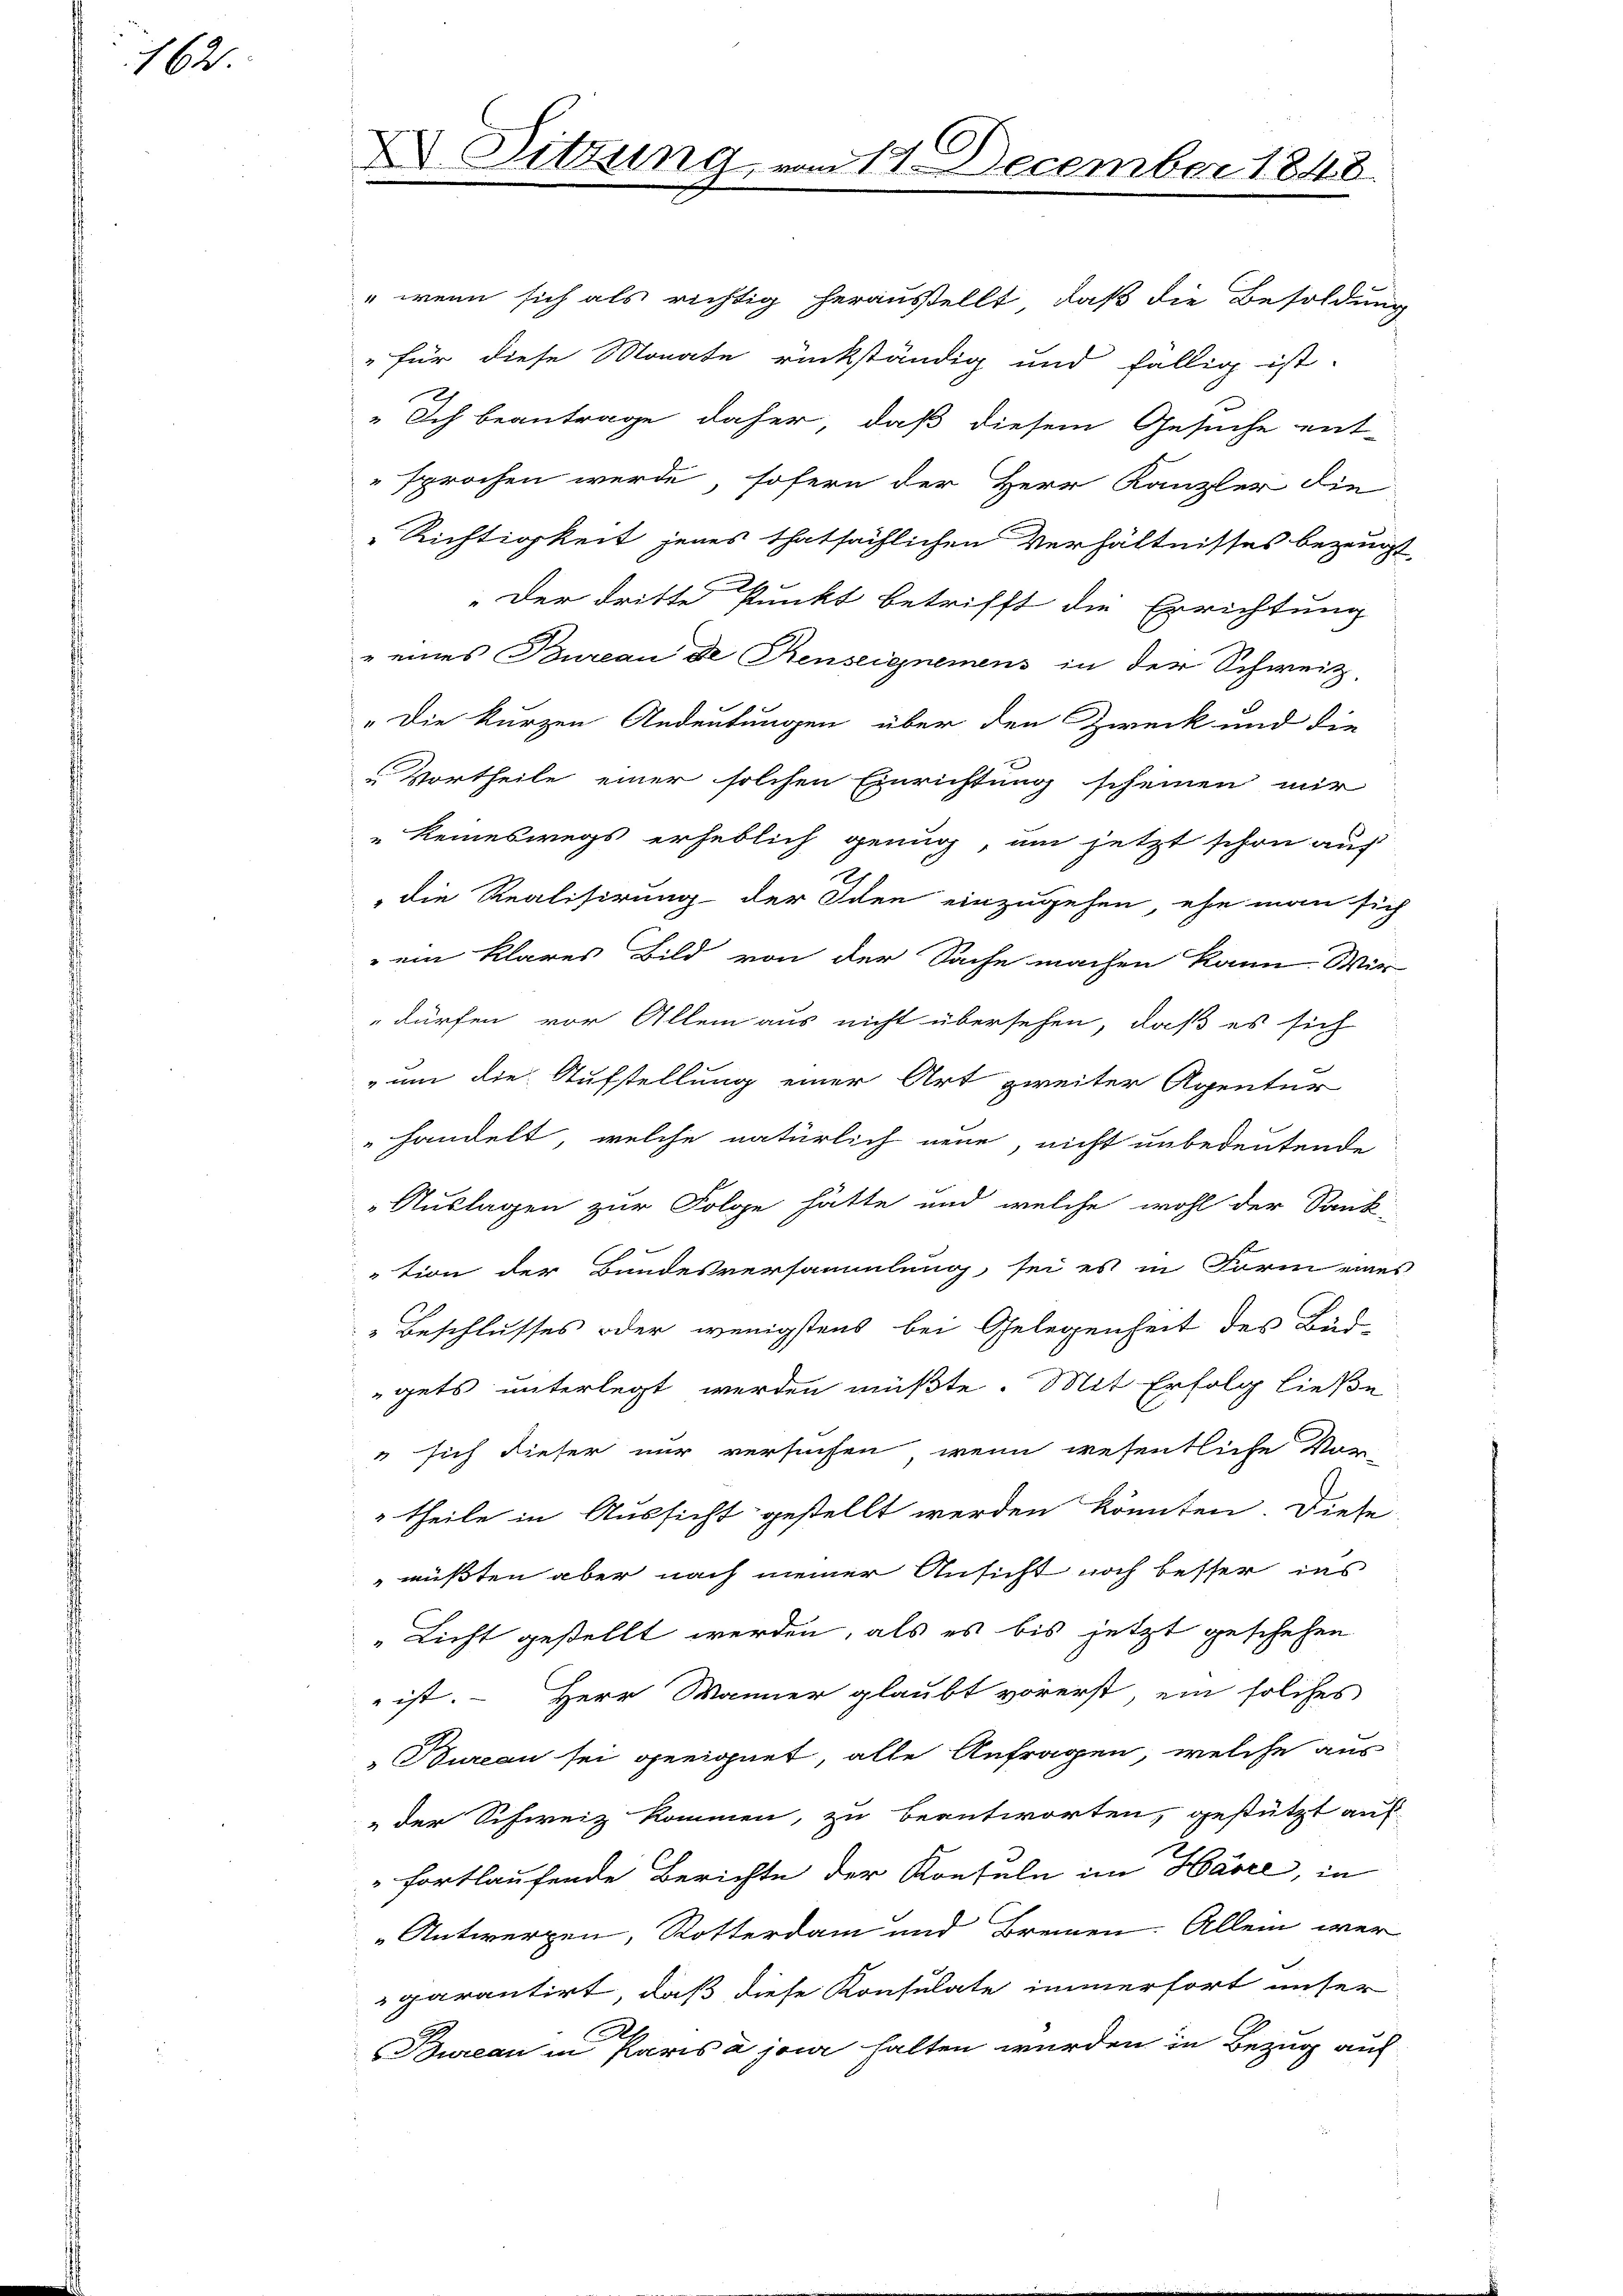
162

ASitzung, vom 11. December 1848.

Ich beantrage daher, daß diesem Gesuche ent-
sprochen werde, sofern der Herr Kanzler die
Richtigkeit jenes thatsächlichen Verhältnisses bezeugt,
„Der dritte Punkt betrifft die Errichtung
" eines Bureau de Senseignemens in der Schweiz,
„Die kurzen Andeutungen über den Zweck und die
 Vortheile einer solchen Einrichtung scheinen mir
Reineswegs erheblich genug, um jetzt schon auf
die Realisirung der Idee einzugehen, ehe man sich
 ein klares Bild von der Sache machen kann. Wir
dürfen vor Allem aus nicht übersehen, daß es sich
um die Aufstellung einer Art zweiter Agentur
handelt, welche natürlich neue, nicht unbedeutende
Auslagen zur Folge hätte und welche wohl der Sank
tion der Bundesversammlung, sei es in Form eines
Beschlusses oder wenigstens bei Gelegenheit des Bud-
gets unterlegt werden müßte. Mit Erfolg ließe
" sich dieser nur versuchen, wenn wesentliche Vor-
theile in Aussicht gestellt werden könnten. Diese
müßten aber nach meiner Ansicht noch besser ins
Licht gestellt werden, als es bis jetzt geschehen
 ist. Herr Männer glaubt vorerst, ein solches
Bureau sei geeignet, alle Anfragen, welche aus
 der Schweiz kommen, zu beantworten, gestützt auf
fortlaufende Berichte der Konseln im Harre, in
Antwerpen, Rotterdam und Bremen. Allein wer
garantirt, daß diese Konsulate immerfort unser
Bureau in Paris a jour halten wurden in Bezug auf

" wenn sich als richtig herausstellt, daß die Besoldung
" für diese Monate rückständig und fällig ist.